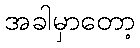
အခါမှာတော့